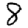
Digit: 8